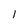
Character: l